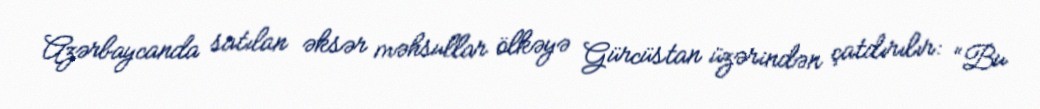
Azərbaycanda satılan əksər məhsullar ölkəyə Gürcüstan üzərindən çatdırılır: “Bu